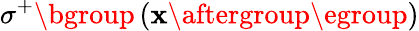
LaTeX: \sigma^{+}\mathopen{}\mathclose\bgroup\left(\mathbf{x}\aftergroup\egroup\right)